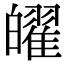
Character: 𤾫